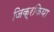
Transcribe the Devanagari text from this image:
जिक्रकिया